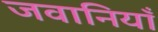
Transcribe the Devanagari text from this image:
जवानियाँ